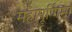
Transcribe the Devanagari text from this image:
महापूर्णिमा